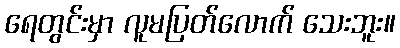
ရေတွင်းမှာ လူမပြတ်လောက် သေးဘူး။